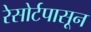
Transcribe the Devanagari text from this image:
रेसोर्टपासून